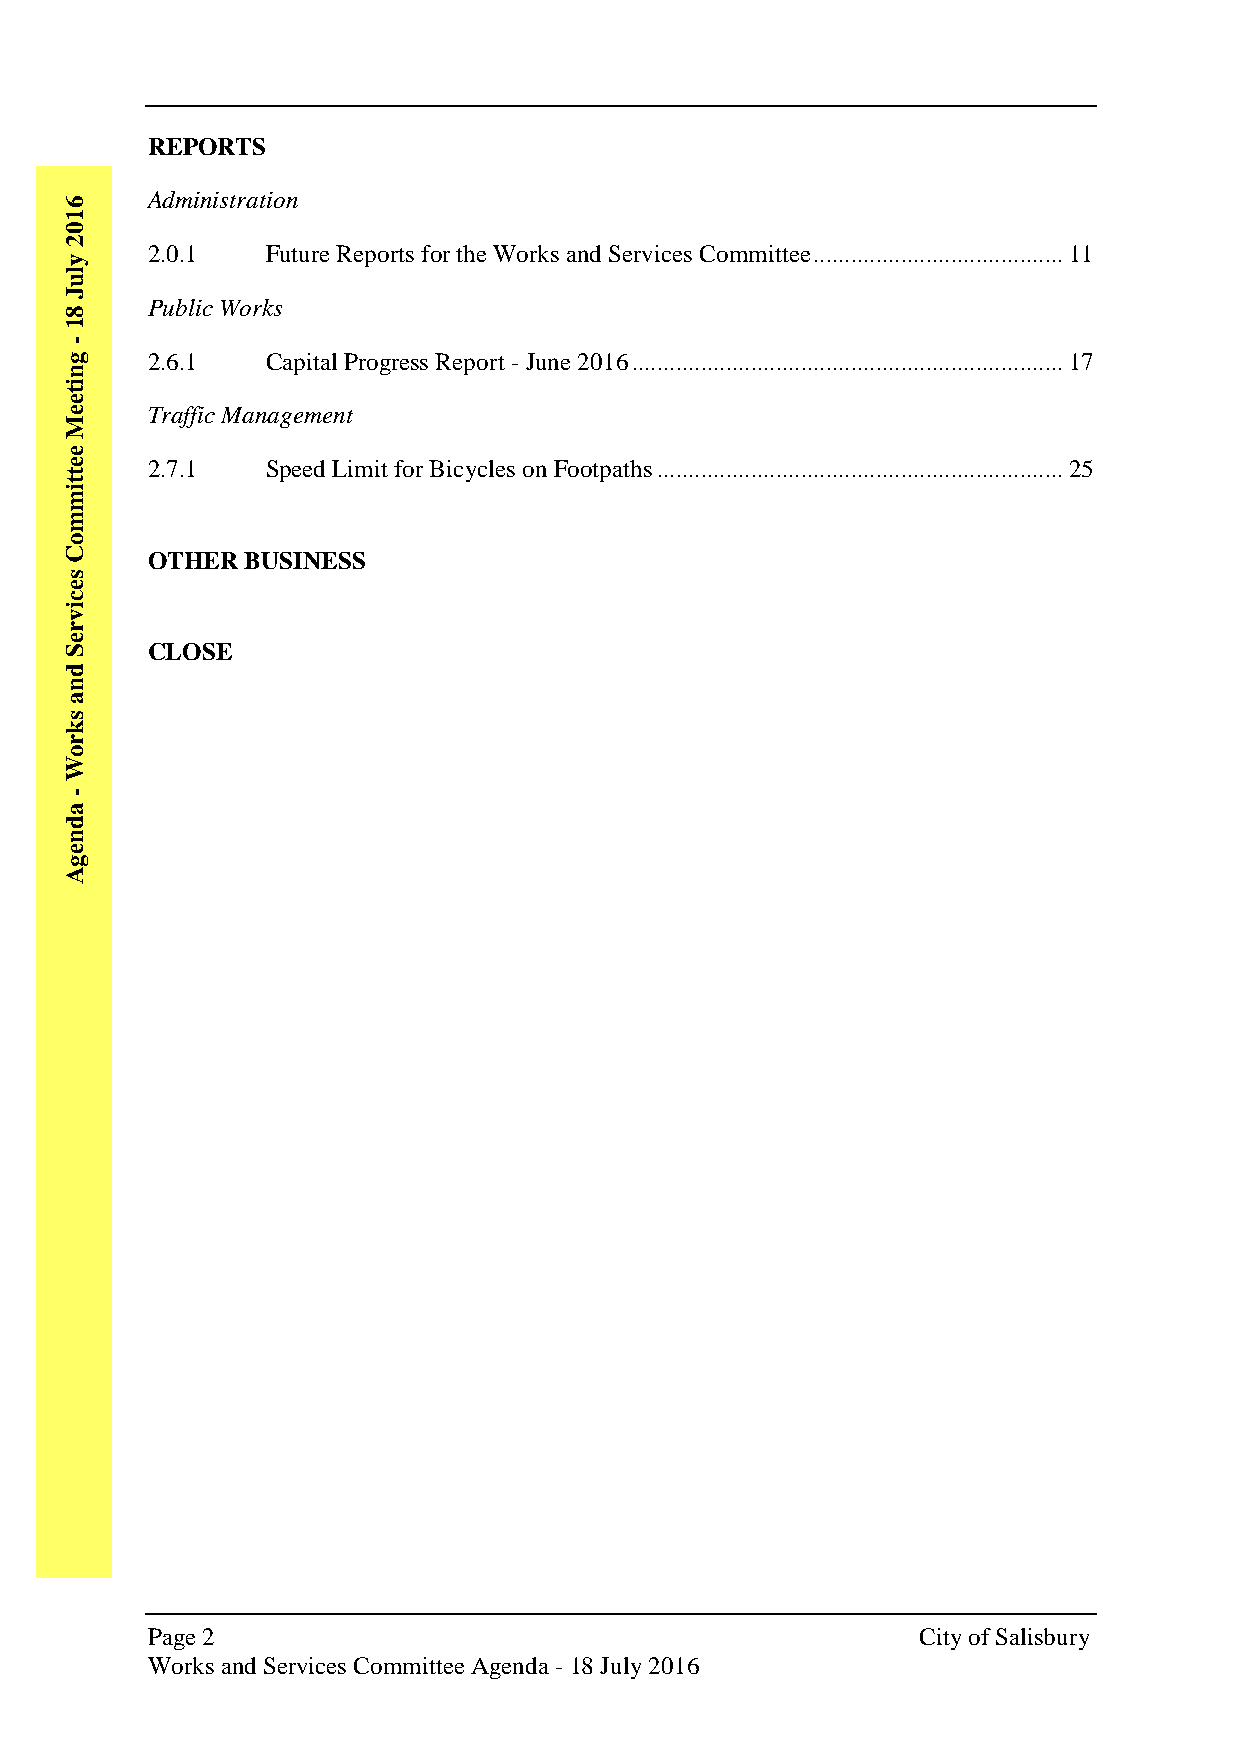
REPORTS
 6
 Administration
 1
 0
 2
 y
 2.0.1   Future Reports for the Works and Services Committee ........................................ 11
 l
 u
 J
 8
 Public Works
 1
 -
 g     2.6.1   Capital Progress Report - June 2016 ..................................................................... 17
 n
 i
 t
 e
 e     Traffic Management
 M
 e
 e     2.7.1   Speed Limit for Bicycles on Footpaths ................................................................. 25
 t
 t
 i
 m
 m
 o
 C     OTHER BUSINESS
 s
 e
 c
 i
 v
 r
 e
 S     CLOSE
 d
 n
 a
 s
 k
 r
 o
 W
 -
 a
 d
 n
 e
 g
 A
 Page 2                                             City of Salisbury
 Works and Services Committee Agenda - 18 July 2016